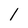
Character: l